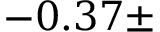
- 0 . 3 7 \pm